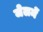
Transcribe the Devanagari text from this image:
जेलमें